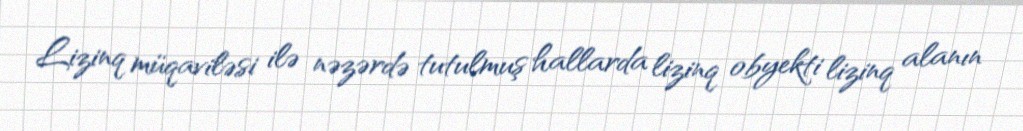
Lizinq müqaviləsi ilə nəzərdə tutulmuş hallarda lizinq obyekti lizinq alanın